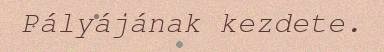
Pályájának kezdete.